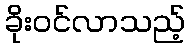
ခိုးဝင်လာသည့်